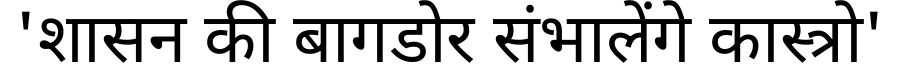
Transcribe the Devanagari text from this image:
'शासन की बागडोर संभालेंगे कास्त्रो'